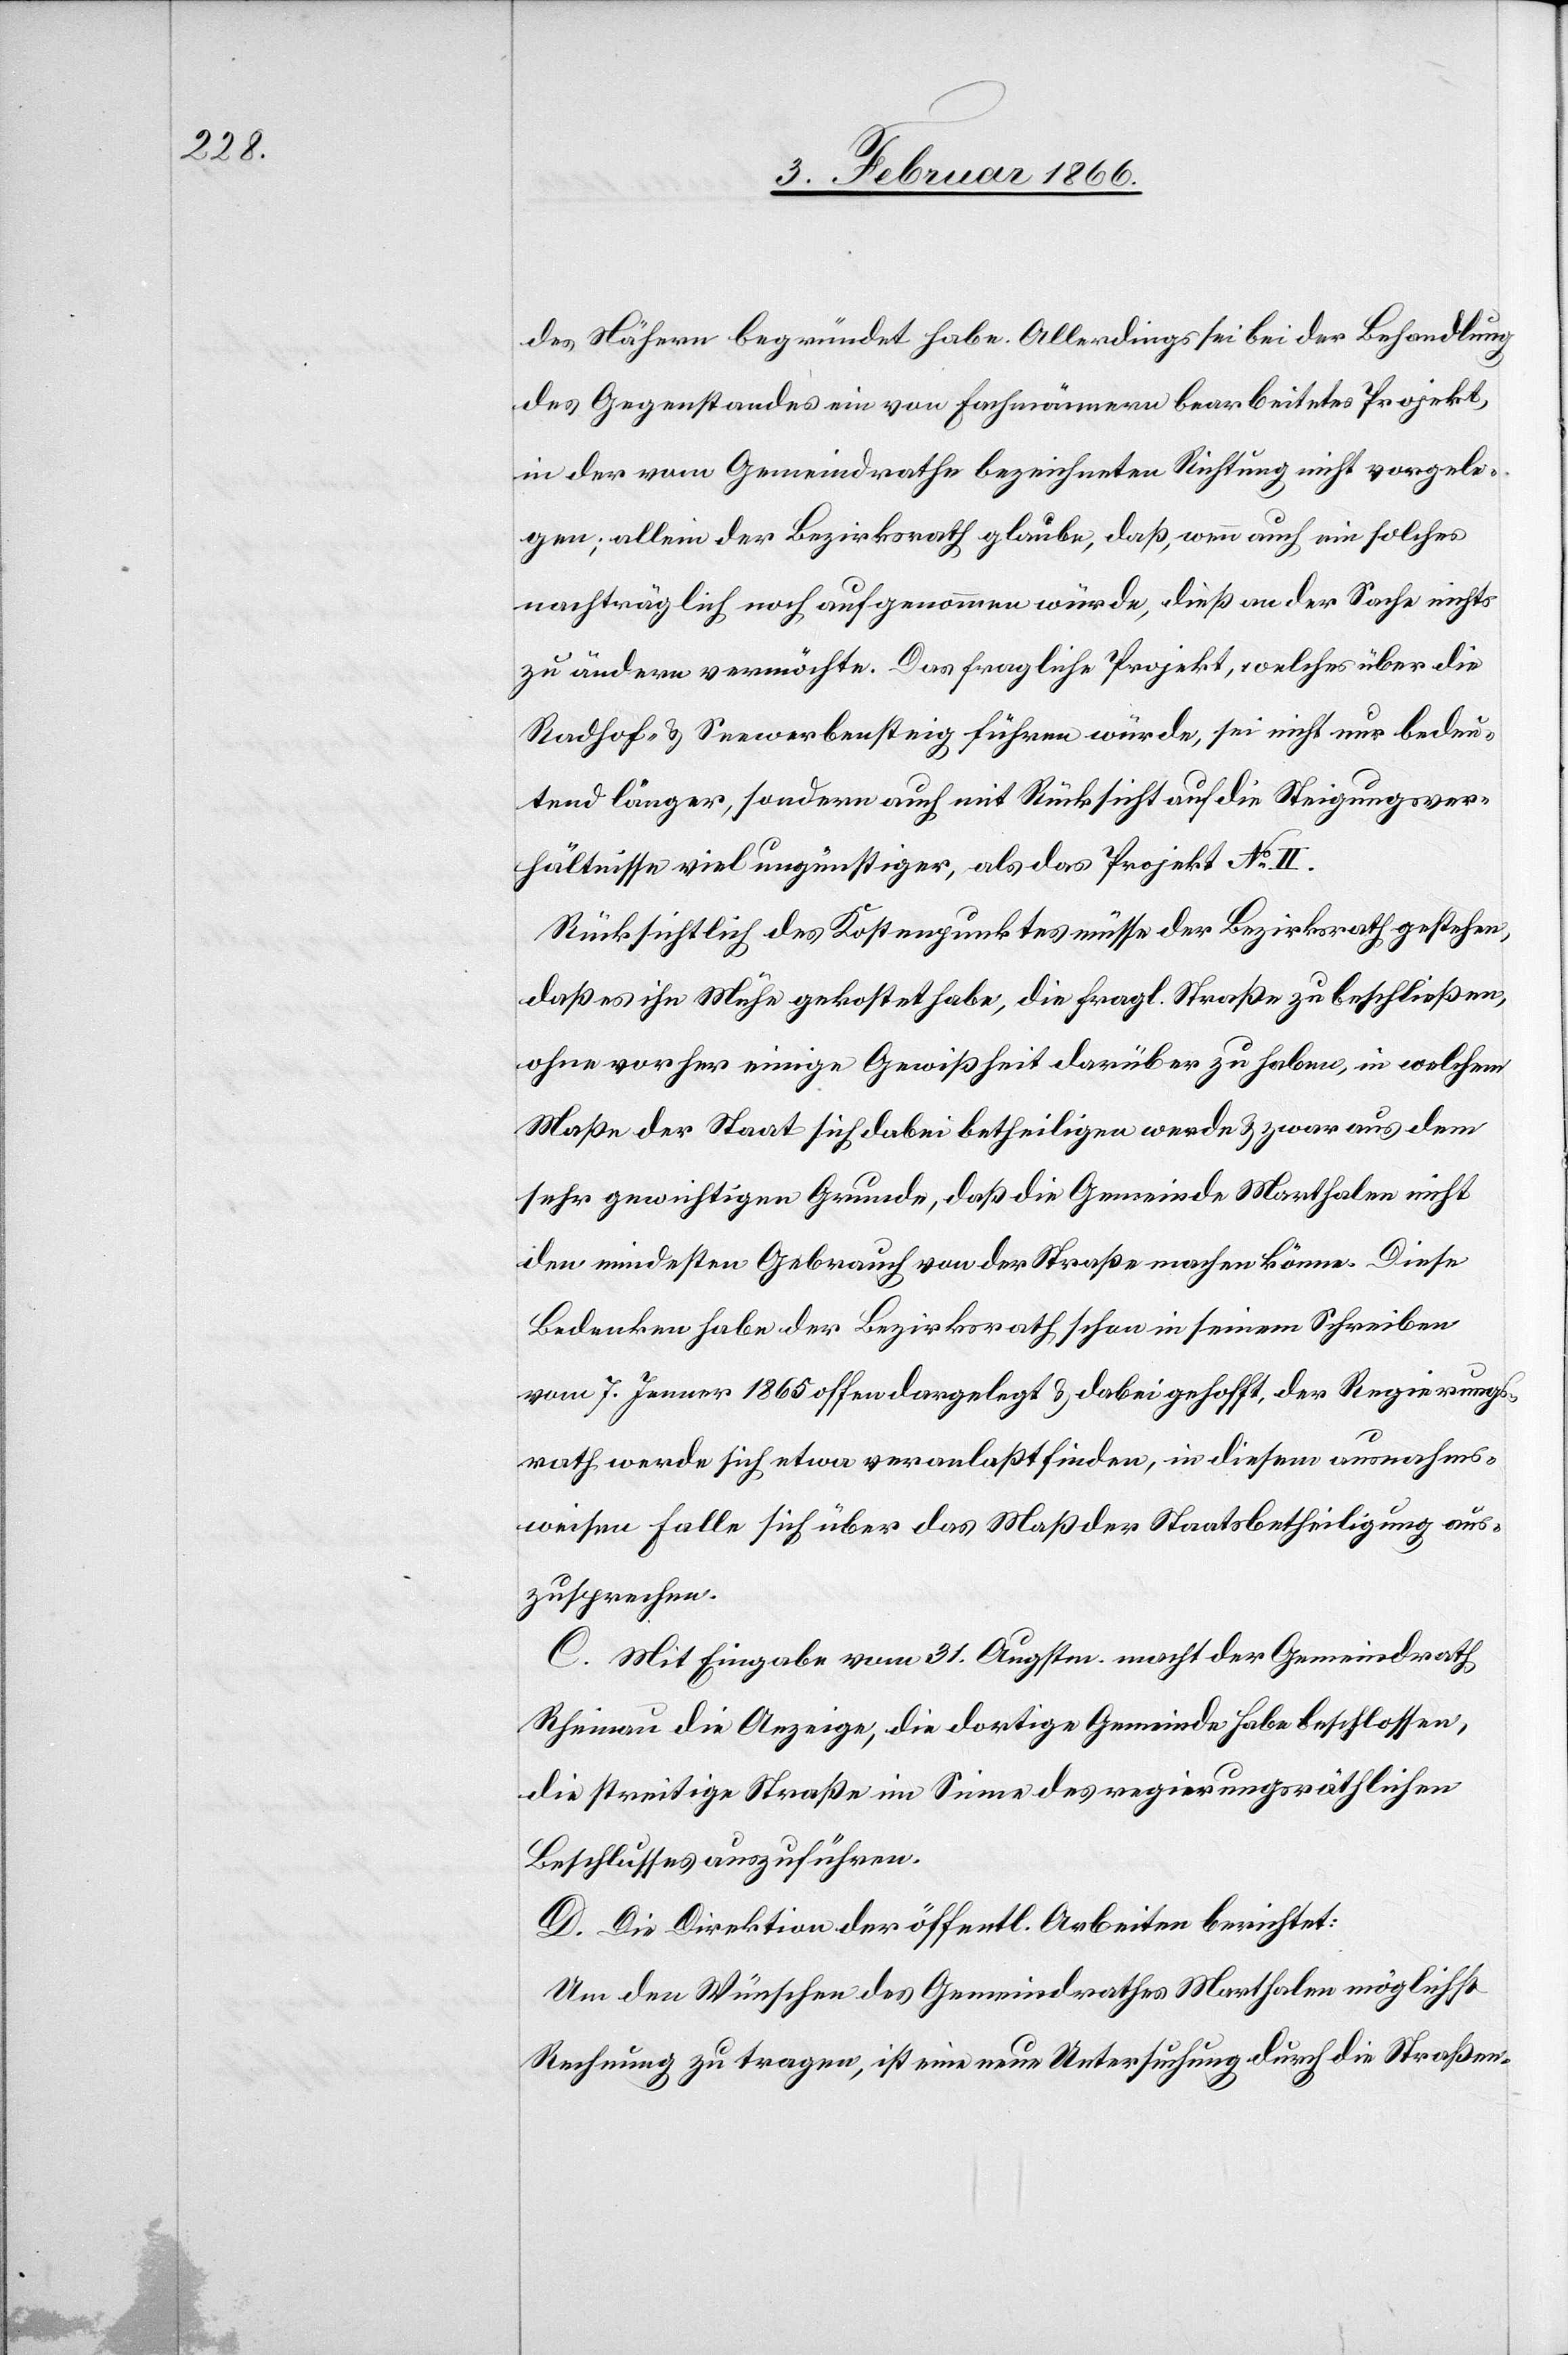
des Nähern begründet habe. Allerdings sei bei der Behandlung
des Gegenstandes ein von Fachmännern bearbeitetes Projekt,
in der vom Gemeindrathe bezeichneten Richtung nicht vorgele¬
gen; allein der Bezirksrath glaube, daß, wenn auch ein solches
nachträglich noch aufgenommen würde, dieß an der Sache nichts
zu ändern vermöchte. Das fragliche Projekt, welches über die
Radhof- u. Seewerbensteig führen würde, sei nicht nur bedeu¬
tend länger, sondern auch mit Rücksicht auf die Steigungsver¬
hältnisse viel ungünstiger, als das Projekt No. II.
Rücksichtlich des Kostenpunktes müsse der Bezirksrath gestehen,
daß es ihn Mühe gekostet habe, die fragl. Strecke zu beschließen,
ohne vorher einige Gewißheit darüber zu haben, in welchem
Maße der Staat sich dabei betheiligen werde u. zwar aus dem
sehr gewichtigen Grunde, daß die Gemeinde Marthalen nicht
den mindesten Gebrauch von der Straße machen könne. Diese
Bedenken habe der Bezirksrath schon in seinem Schreiben
vom 7. Jenner 1865 offen dargelegt u. dabei gehofft, der Regierungs¬
rath werde sich etwa veranlaßt finden, in diesem ausnahms¬
weisen Falle sich über das Maß der Staatsbetheiligung aus¬
zusprechen.
C. Mit Eingabe vom 31. Augstm. macht der Gemeindrath
Rheinau die Anzeige, die dortige Gemeinde habe beschlossen,
die streitige Straße im Sinne des regierungsräthlichen
Beschlusses auszuführen.
D. Die Direktion der öffentl. Arbeiten berichtet:
Um den Wünschen des Gemeindrathes Marthalen möglichst
Rechnung zu tragen, ist eine neue Untersuchung durch die Straßen-